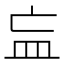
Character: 𥁃